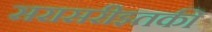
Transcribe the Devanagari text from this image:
सरासरीइतकी